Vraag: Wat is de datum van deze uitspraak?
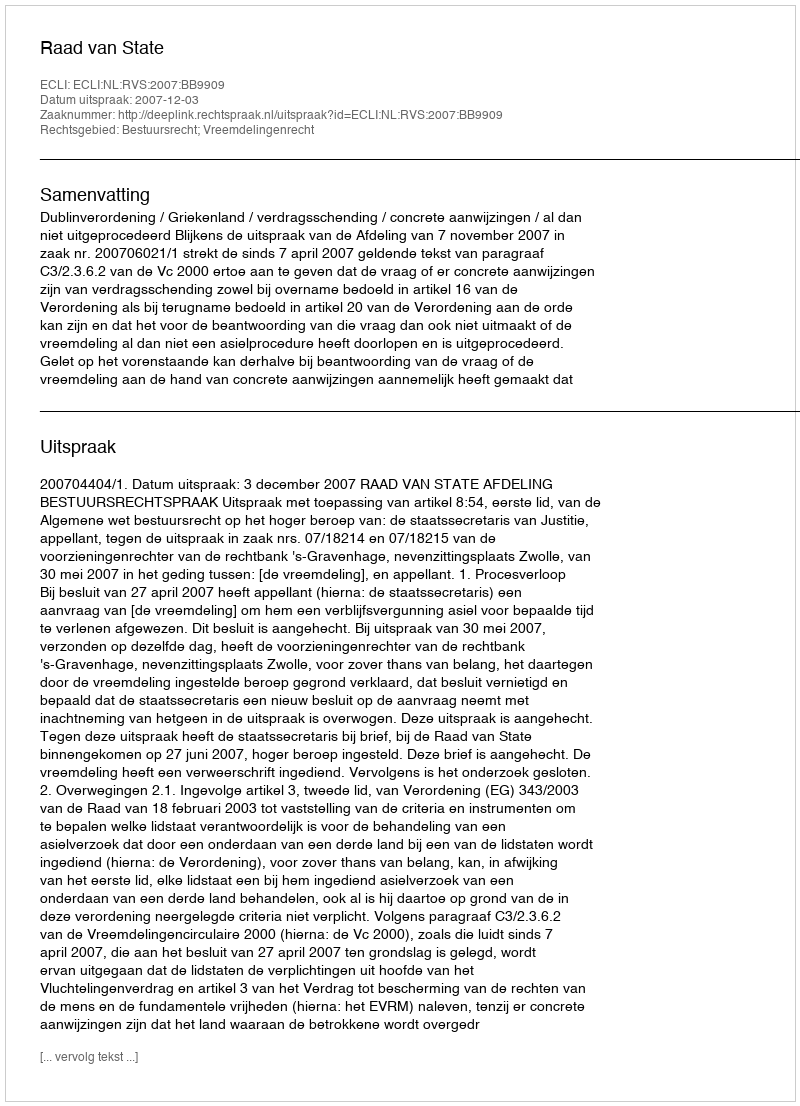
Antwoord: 2007-12-03